Rangoon Lunatic Asylum 1893-1897 - 1893-1897
Year: 1893
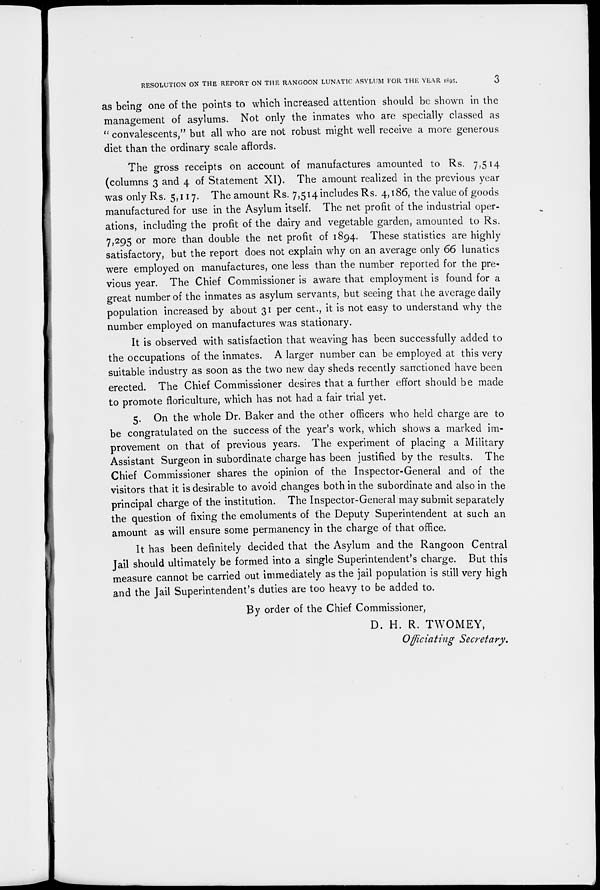
RESOLUTION ON THE REPORT ON THE RANGOON LUNATIC ASYLUM FOR THE YEAR 1895.
3
as being one of the points to which increased attention should be shown in the
management of asylums. Not only the inmates who are specially classed as
" convalescents," but all who are not robust might well receive a more generous
diet than the ordinary scale affords.
The gross receipts on account of manufactures amounted to Rs. 7,514
(columns 3 and 4 of Statement XI). The amount realized in the previous year
was only Rs. 5,117. The amount Rs. 7,514 includes Rs. 4,186, the value of goods
manufactured for use in the Asylum itself. The net profit of the industrial oper-
ations, including the profit of the dairy and vegetable garden, amounted to Rs.
7,295 or more than double the net profit of 1894. These statistics are highly
satisfactory, but the report does not explain why on an average only 66 lunatics
were employed on manufactures, one less than the number reported for the pre-
vious year. The Chief Commissioner is aware that employment is found for a
great number of the inmates as asylum servants, but seeing that the average daily
population increased by about 31 per cent., it is not easy to understand why the
number employed on manufactures was stationary.
It is observed with satisfaction that weaving has been successfully added to
the occupations of the inmates. A larger number can be employed at this very
suitable industry as soon as the two new day sheds recently sanctioned have been
erected. The Chief Commissioner desires that a further effort should be made
to promote floriculture, which has not had a fair trial yet.
5. On the whole Dr. Baker and the other officers who held charge are to
be congratulated on the success of the year's work, which shows a marked im-
provement on that of previous years. The experiment of placing a Military
Assistant Surgeon in subordinate charge has been justified by the results. The
Chief Commissioner shares the opinion of the Inspector-General and of the
visitors that it is desirable to avoid changes both in the subordinate and also in the
principal charge of the institution. The Inspector-General may submit separately
the question of fixing the emoluments of the Deputy Superintendent at such an
amount as will ensure some permanency in the charge of that office.
It has been definitely decided that the Asylum and the Rangoon Central
Jail should ultimately be formed into a single Superintendent's charge. But this
measure cannot be carried out immediately as the jail population is still very high
and the Jail Superintendent's duties are too heavy to be added to.
By order of the Chief Commissioner,
D. H. R. TWOMEY,
Officiating Secretary.